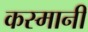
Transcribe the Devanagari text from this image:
कस्मानी